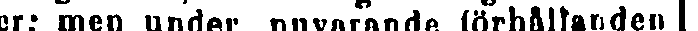
er; men under nuvarande förhållanden